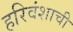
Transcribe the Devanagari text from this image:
हरिवंशाची